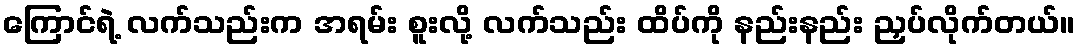
ကြောင်ရဲ့ လက်သည်းက အရမ်း စူးလို့ လက်သည်း ထိပ်ကို နည်းနည်း ညှပ်လိုက်တယ်။